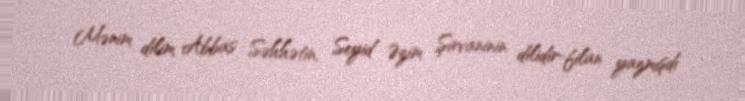
Mənim dilim Abbas Səhhətin, Seyid Əzim Şirvaninin dilidir-filan yazmışdı